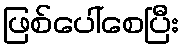
ဖြစ်ပေါ်စေပြီး